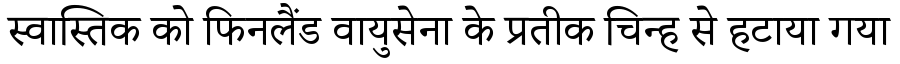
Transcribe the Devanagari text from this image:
स्वास्तिक को फिनलैंड वायुसेना के प्रतीक चिन्ह से हटाया गया